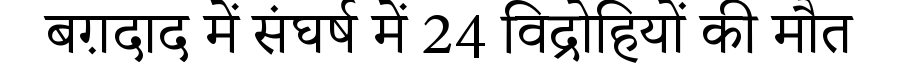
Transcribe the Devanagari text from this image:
बग़दाद में संघर्ष में 24 विद्रोहियों की मौत